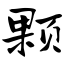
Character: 颗